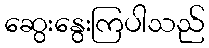
ဆွေးနွေးကြပါသည်